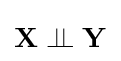
\mathbf {X} \perp \!\!\!\perp \mathbf {Y}